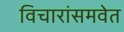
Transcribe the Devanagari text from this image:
विचारांसमवेत